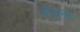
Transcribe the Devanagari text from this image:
जेठानंद